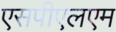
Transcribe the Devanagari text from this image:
एसपीएलएम